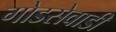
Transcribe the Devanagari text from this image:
गोडसेवाडी